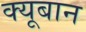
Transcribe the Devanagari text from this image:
क्यूबान